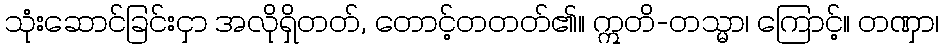
သုံးဆောင်ခြင်းငှာ အလိုရှိတတ်, တောင့်တတတ်၏။ ဣတိ-တသ္မာ၊ ကြောင့်။ တဏှာ၊